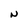
Character: N